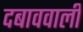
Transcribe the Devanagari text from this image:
दबाववाली